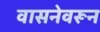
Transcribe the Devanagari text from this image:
वासनेवरून